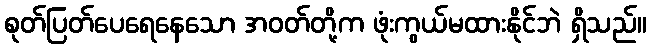
စုတ်ပြတ်ပေရေနေသော အဝတ်တို့က ဖုံးကွယ်မထားနိုင်ဘဲ ရှိသည်။